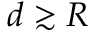
d \gtrsim R